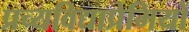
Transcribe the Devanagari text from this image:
प्रच्यविद्याप्रेमियों